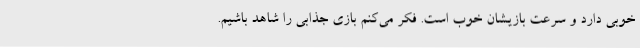
خوبی دارد و سرعت بازیشان خوب است. فکر می‌کنم بازی جذابی را شاهد باشیم.